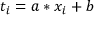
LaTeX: t _ { i } = a * x _ { i } + b